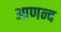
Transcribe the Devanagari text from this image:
आणन्द